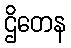
ဌိတေန